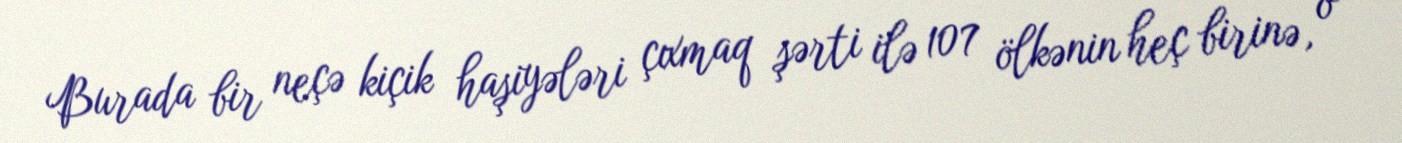
Burada bir neçə kiçik haşiyələri çıxmaq şərti ilə 107 ölkənin heç birinə, o